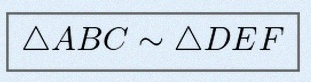
\triangle ABC\sim\triangle DEF